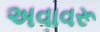
અવાવરૂ